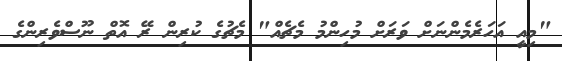
"މިއީ އަހަރެމެންނަށް ވަރަށް މުހިންމު މެޗެއް" މެޗުގެ ކުރިން ރޭ އޮތް ނޫސްވެރިންގެ